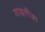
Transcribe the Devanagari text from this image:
साइलीज़ा